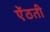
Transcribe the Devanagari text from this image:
ऐंठती